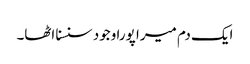
ایک دم میرا پورا وجود سنسنا اٹھا۔